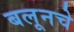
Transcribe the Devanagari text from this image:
बलूनचे